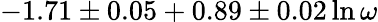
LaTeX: -1.71\pm 0.05+0.89\pm 0.02\ln\omega